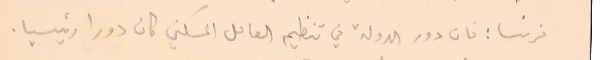
فرنسا : فان دور الدولة في تنظيم العامل السكني كان دورا رئيسيا.